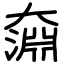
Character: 奫